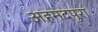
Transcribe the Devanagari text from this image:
अहमदपुरा